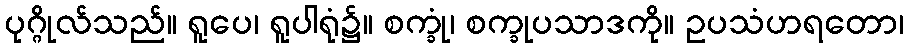
ပုဂ္ဂိုလ်သည်။ ရူပေ၊ ရူပါရုံ၌။ စက္ခုံ၊ စက္ခုပသာဒကို။ ဥပသံဟရတော၊